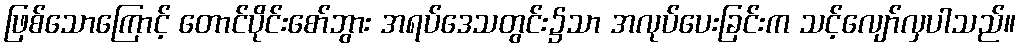
ဖြစ်သောကြောင့် တောင်ပိုင်းစော်ဘွား အရပ်ဒေသတွင်း၌သာ အလုပ်ပေးခြင်းက သင့်လျော်လှပါသည်။